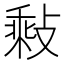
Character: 𢾽